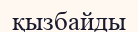
қызбайды